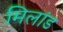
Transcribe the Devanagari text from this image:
मिलांड